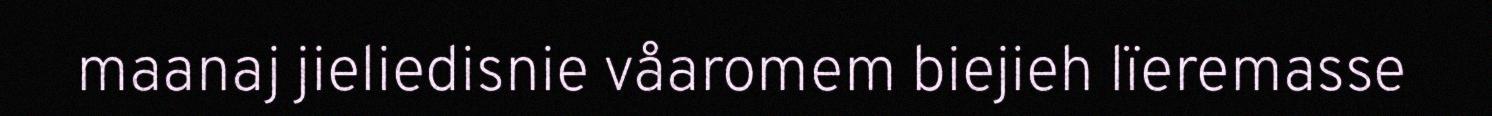
maanaj jieliedisnie våaromem biejieh lïeremasse